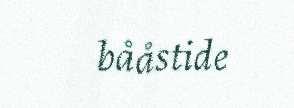
bååstide